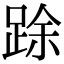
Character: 䟻